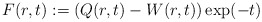
\begin{align*}F(r,t):=(Q(r,t)-W(r,t))\exp(- t)\end{align*}